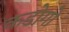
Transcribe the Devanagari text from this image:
कडोगो